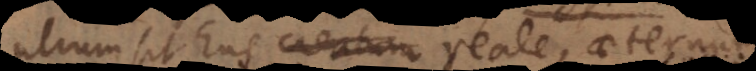
utrum sit Ens creatum reale, aeternum,